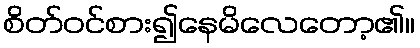
စိတ်ဝင်စား၍နေမိလေတော့၏။